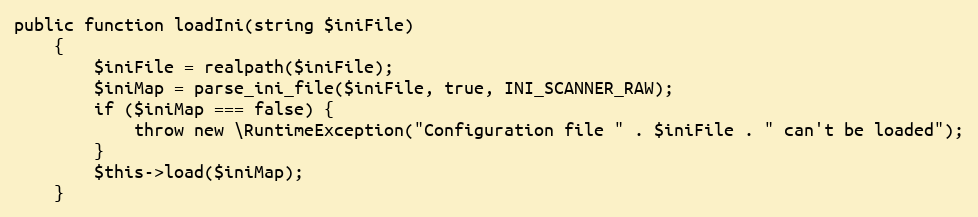
Language: PHP
public function loadIni(string $iniFile)
    {
        $iniFile = realpath($iniFile);
        $iniMap = parse_ini_file($iniFile, true, INI_SCANNER_RAW);
        if ($iniMap === false) {
            throw new \RuntimeException("Configuration file " . $iniFile . " can't be loaded");
        }
        $this->load($iniMap);
    }